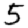
Digit: 5